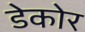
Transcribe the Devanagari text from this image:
डेकोर